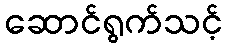
ဆောင်ရွက်သင့်